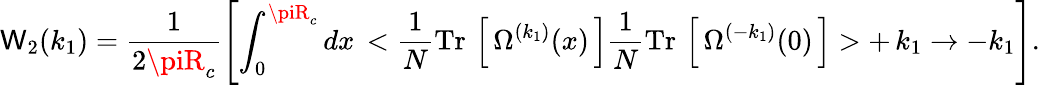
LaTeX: \mathsf{W}_{2}(k_{1})=\frac{{1}}{{2\piR_{c}}}\left[\int_{0}^{\piR_{c}}dx\, <\frac{{1}}{{N}}\mathrm{{Tr}}\, \left[\, \Omega^{(k_{1})}(x)\, \right]\frac{{1}}{{N}}\mathrm{{Tr}}\, \left[\, \Omega^{(-k_{1})}(0)\, \right]>+\, k_{1}\to-k_{1}\right].